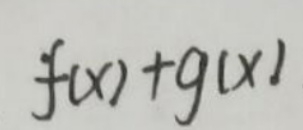
$f(x)+g(x)$